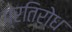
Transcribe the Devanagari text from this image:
प्रतिरो्ध